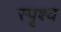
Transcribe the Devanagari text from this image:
स्पृश्‍य